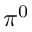
\pi ^ { 0 }